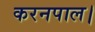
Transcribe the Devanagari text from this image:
करनपाल।